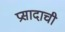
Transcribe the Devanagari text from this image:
प्रसादाची